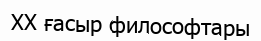
XX ғасыр философтары